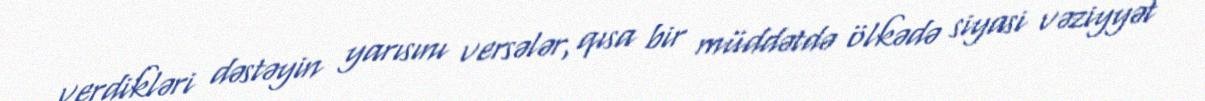
verdikləri dəstəyin yarısını versələr, qısa bir müddətdə ölkədə siyasi vəziyyət